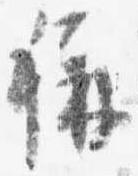
称